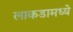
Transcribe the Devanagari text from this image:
लाकडामध्ये